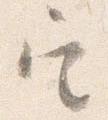
定